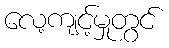
လေ့ကျင့်မှုတွင်